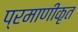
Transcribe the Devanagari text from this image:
प्रमाणीकृत